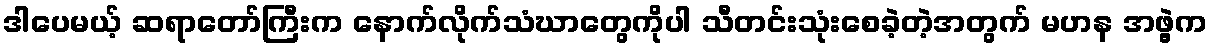
ဒါပေမယ့် ဆရာတော်ကြီးက နောက်လိုက်သံဃာတွေကိုပါ သီတင်းသုံးစေခဲ့တဲ့အတွက် မဟန အဖွဲ့က